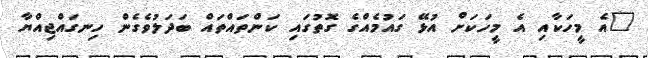
"އެ މީހަކާއި އެ މީހަކަށް އުޅޭ ގައުމެއްގެ ގޮތުގައި ކަންތައްތައް ބަދަލުވެގެން ހިނގައްޖިއްޔާ